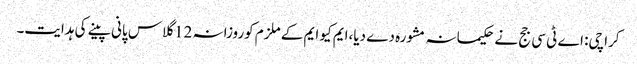
کراچی: اے ٹی سی جج نے حکیمانہ مشورہ دے دیا،ایم کیو ایم کے ملزم کوروزانہ 12 گلاس پانی پینے کی ہدایت۔